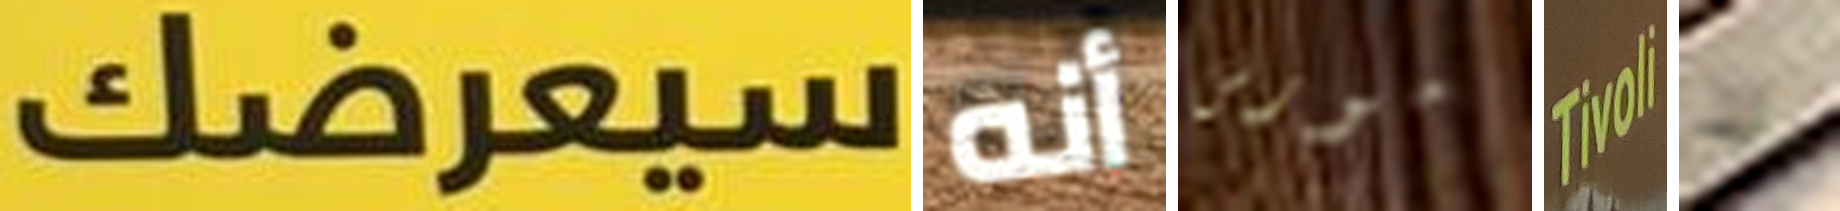
سيعرضك أنه مورس Tivoli لا